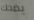
يضحك